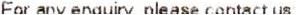
FOR ANY ENQUIRY, PLEASE CONTACT US;